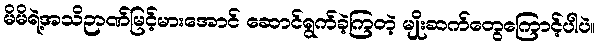
မိမိရဲ့အသိဉာဏ်မြင့်မားအောင် ဆောင်ရွက်ခဲ့ကြတဲ့ မျိုးဆက်တွေကြောင့်ပါပဲ။